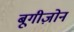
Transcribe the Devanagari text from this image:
बूगीज़ोन